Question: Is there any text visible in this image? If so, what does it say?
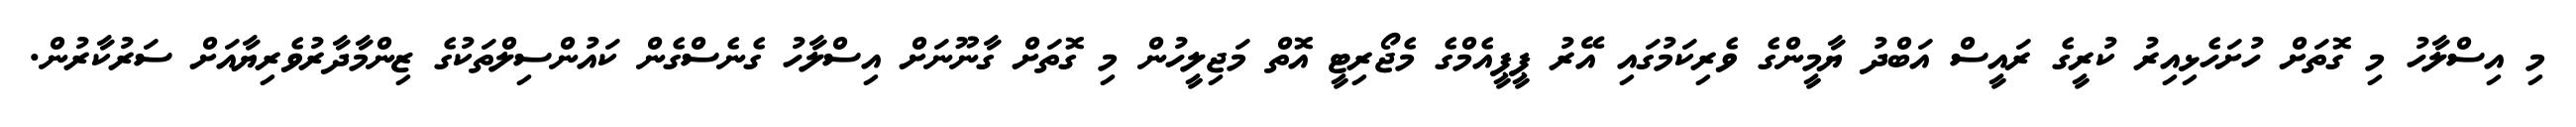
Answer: މި އިސްލާހު މި ގޮތަށް ހުށަހެޅިއިރު ކުރީގެ ރައީސް އަބްދު ޔާމީންގެ ވެރިކަމުގައި އޭރު ޕީޕީއެމްގެ މެޖޯރިޓީ އޮތް މަޖިލީހުން މި ގޮތަށް ގާނޫނަށް އިސްލާހު ގެނެސްގެން ކައުންސިލްތަކުގެ ޒިންމާދާރުވެރިޔާއަށް ސަރުކާރުން.